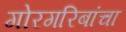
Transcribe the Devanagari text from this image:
गोरगरिबांचा